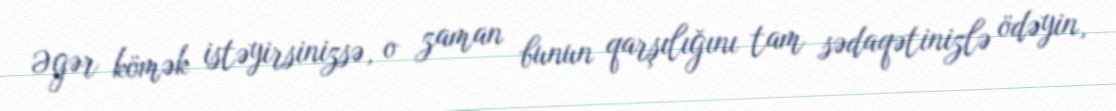
Əgər kömək istəyirsinizsə, o zaman bunun qarşılığını tam sədaqətinizlə ödəyin,